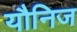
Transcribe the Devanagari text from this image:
यौनिज